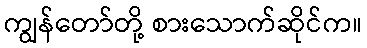
ကျွန်တော်တို့ စားသောက်ဆိုင်က။